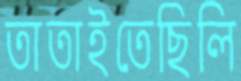
তাতাইতেছিলি